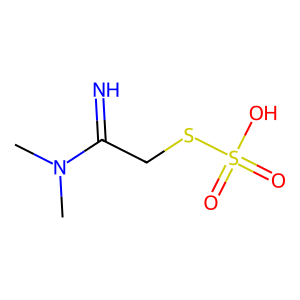
SMILES: CN(C)C(=N)CSS(=O)(=O)O
Inhibits HIV replication: Yes